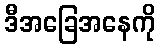
ဒီအခြေအနေကို